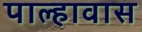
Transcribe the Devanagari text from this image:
पाल्हावास